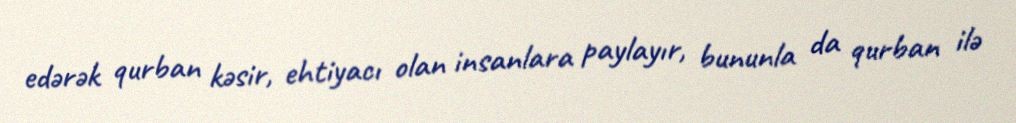
edərək qurban kəsir, ehtiyacı olan insanlara paylayır, bununla da qurban ilə